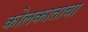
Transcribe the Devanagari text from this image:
कोलकाताचा